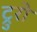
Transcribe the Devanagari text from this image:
ट्रुरो